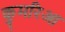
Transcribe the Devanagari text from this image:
कुमरिआ